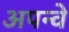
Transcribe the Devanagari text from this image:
अपन्वे